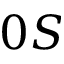
0 S